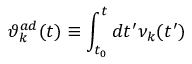
{ \vartheta } _ { k } ^ { a d } ( t ) \equiv \int _ { t _ { 0 } } ^ { t } d t ^ { \prime } { \nu } _ { k } ( t ^ { \prime } )